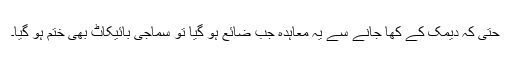
حتیٰ کہ دیمک کے کھا جانے سے یہ معاہدہ جب ضائع ہو گیا تو سماجی بائیکاٹ بھی ختم ہو گیا۔